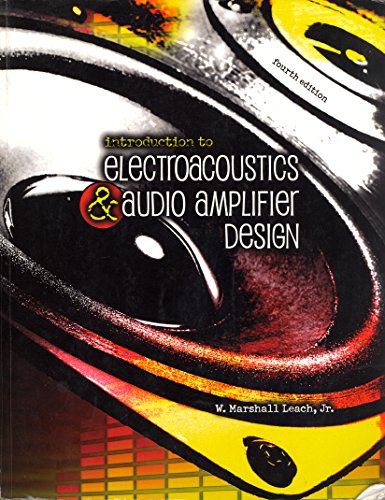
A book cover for Introduction To Electroacoustics and Audio Amplifier Design; Leach; Computers & Technology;